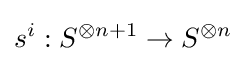
s^{i}:S^{\otimes n+1}\to S^{\otimes n}